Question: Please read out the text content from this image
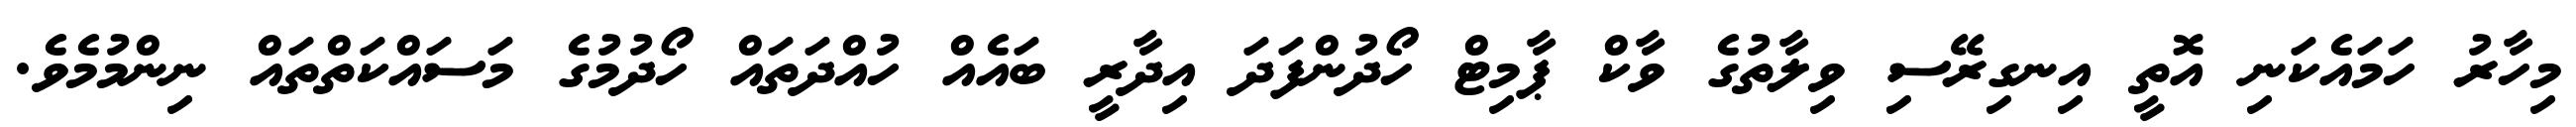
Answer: މިހާރު ހަމައެކަނި އޮތީ އިނގިރޭސި ވިލާތުގެ ވާކް ޕާމިޓް ހޯދުންފަދަ އިދާރީ ބައެއް ހުއްދަތައް ހޯދުމުގެ މަސައްކަތްތައް ނިންމުމެވެ.